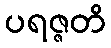
ပရဇ္ဇတိ